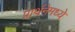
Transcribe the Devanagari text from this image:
प्रार्थनेमध्ये